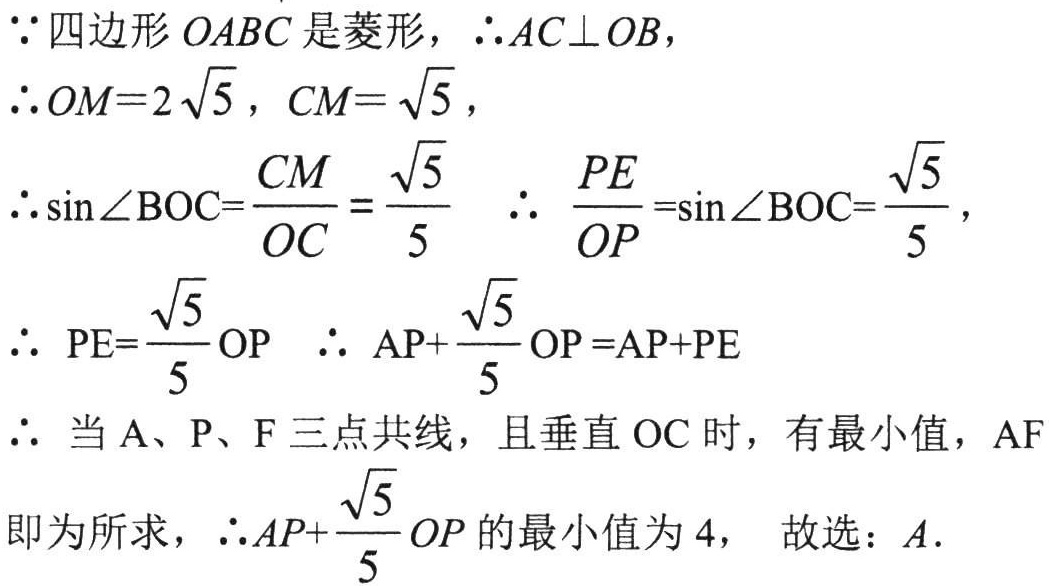
$\because$四边形$OABC$是菱形，$\therefore AC\perp OB$，
$\therefore OM = 2\sqrt{5}$，$CM=\sqrt{5}$，
$\therefore\sin\angle BOC=\frac{CM}{OC}=\frac{\sqrt{5}}{5}$  $\therefore \frac{PE}{OP}=\sin\angle BOC=\frac{\sqrt{5}}{5}$，
$\therefore  PE=\frac{\sqrt{5}}{5}OP$  $\therefore  AP+\frac{\sqrt{5}}{5}OP =AP+PE$
$\therefore$ 当$\mathrm{A}$、$\mathrm{P}$、$\mathrm{F}$三点共线，且垂直$\mathrm{OC}$时，有最小值，$\mathrm{AF}$
即为所求，$\therefore AP+\frac{\sqrt{5}}{5}OP$的最小值为$4$， 故选：$A$.